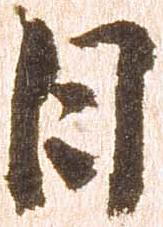
日